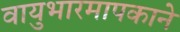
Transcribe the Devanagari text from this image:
वायुभारमापकाने